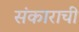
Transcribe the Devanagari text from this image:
संकाराची